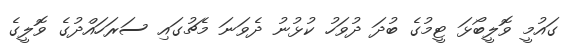
ގައުމީ ވޮލީބޯޅަ ޓީމުގެ ބުދަ ދުވަހު ކުޅުނު ދެވަނަ މެޗުގައި ސަރަހައްދުގެ ވޮލީގެ